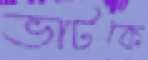
ভাটকে